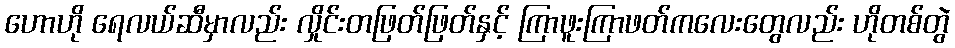
ဟောဟို ရေလယ်ဆီမှာလည်း လှိုင်းတဖြတ်ဖြတ်နှင့် ကြာဖူးကြာဖတ်ကလေးတွေလည်း ဟိုတစ်တွဲ